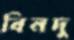
বিনদু